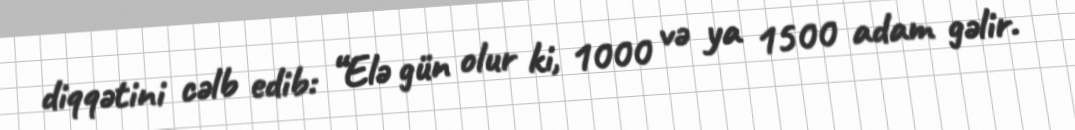
diqqətini cəlb edib: “Elə gün olur ki, 1000 və ya 1500 adam gəlir.